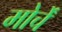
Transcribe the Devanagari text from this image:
मोर्चें